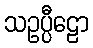
သဥပ္ပီဠော